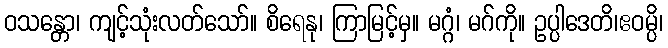
ဝသန္တော၊ ကျင့်သုံးလတ်သော်။ စိရေနု၊ ကြာမြင့်မှ။ မဂ္ဂံ၊ မဂ်ကို။ ဥပ္ပါဒေတိ၊ဧဝမ္ပိ၊